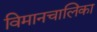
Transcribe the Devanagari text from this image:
विमानचालिका